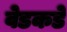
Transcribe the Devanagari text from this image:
वेडकडे